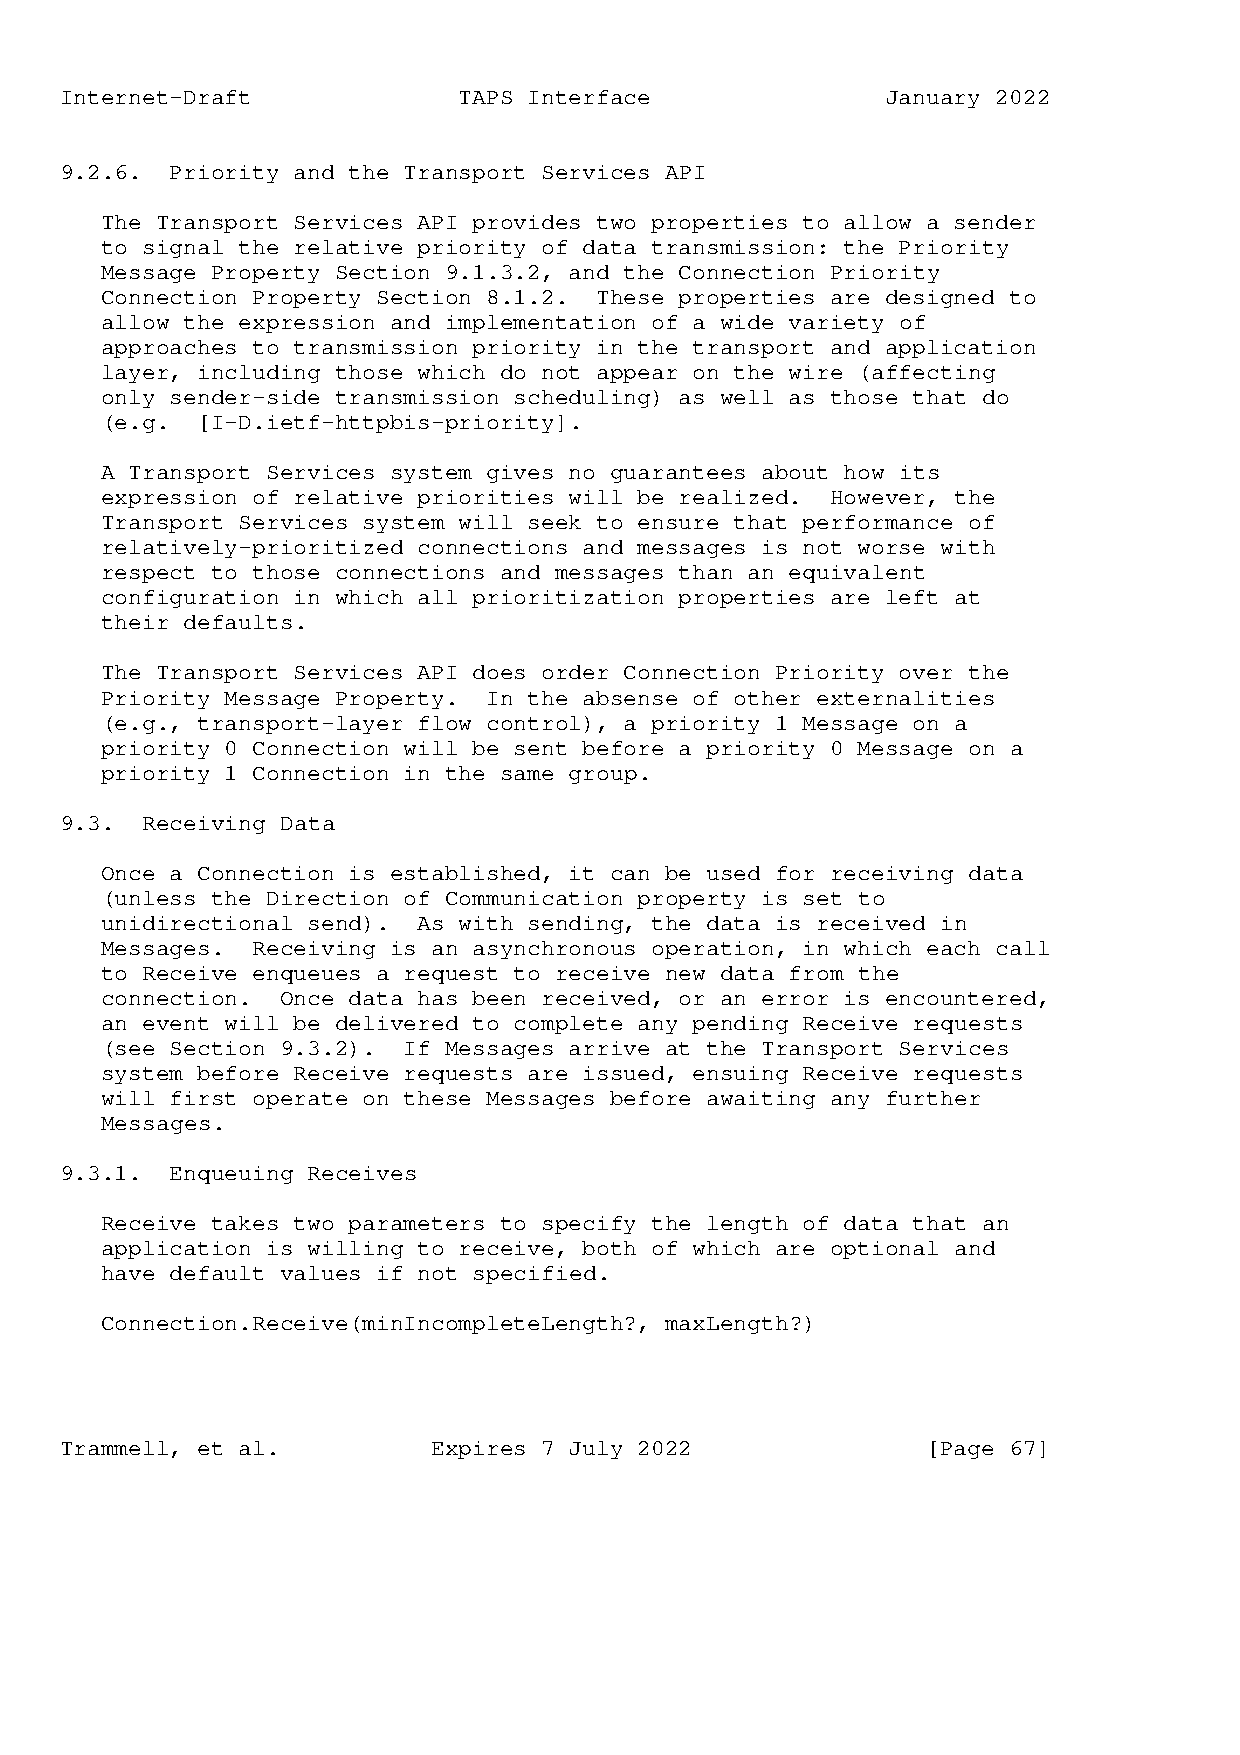
Internet-Draft            TAPS Interface               January 2022
 9.2.6. Priority and the Transport Services API
 The Transport Services API provides two properties to allow a sender
 to signal the relative priority of data transmission: the Priority
 Message Property Section 9.1.3.2, and the Connection Priority
 Connection Property Section 8.1.2. These properties are designed to
 allow the expression and implementation of a wide variety of
 approaches to transmission priority in the transport and application
 layer, including those which do not appear on the wire (affecting
 only sender-side transmission scheduling) as well as those that do
 (e.g. [I-D.ietf-httpbis-priority].
 A Transport Services system gives no guarantees about how its
 expression of relative priorities will be realized. However, the
 Transport Services system will seek to ensure that performance of
 relatively-prioritized connections and messages is not worse with
 respect to those connections and messages than an equivalent
 configuration in which all prioritization properties are left at
 their defaults.
 The Transport Services API does order Connection Priority over the
 Priority Message Property. In the absense of other externalities
 (e.g., transport-layer flow control), a priority 1 Message on a
 priority 0 Connection will be sent before a priority 0 Message on a
 priority 1 Connection in the same group.
 9.3. Receiving Data
 Once a Connection is established, it can be used for receiving data
 (unless the Direction of Communication property is set to
 unidirectional send). As with sending, the data is received in
 Messages. Receiving is an asynchronous operation, in which each call
 to Receive enqueues a request to receive new data from the
 connection. Once data has been received, or an error is encountered,
 an event will be delivered to complete any pending Receive requests
 (see Section 9.3.2). If Messages arrive at the Transport Services
 system before Receive requests are issued, ensuing Receive requests
 will first operate on these Messages before awaiting any further
 Messages.
 9.3.1. Enqueuing Receives
 Receive takes two parameters to specify the length of data that an
 application is willing to receive, both of which are optional and
 have default values if not specified.
 Connection.Receive(minIncompleteLength?, maxLength?)
 Trammell, et al.         Expires 7 July 2022             [Page 67]